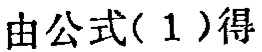
由公式( 1 )得